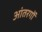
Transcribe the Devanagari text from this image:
आंतरगों